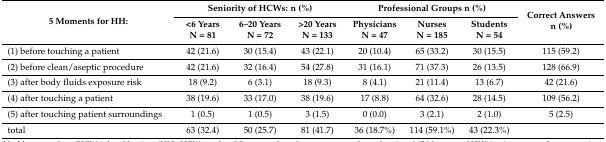
<table><thead><tr><td rowspan="2"><b>5 Moments for HH:</b></td><td colspan="3"><b>Seniority of HCWs: n (%)</b></td><td colspan="3"><b>Professional Groups n (%)</b></td><td rowspan="2"><b>Correct Answers n (%)</b></td></tr><tr><td><b>&lt;6 YearsN = 81</b></td><td><b>6–20 YearsN = 72</b></td><td><b>&gt;20 YearsN = 133</b></td><td><b>PhysiciansN = 47</b></td><td><b>NursesN = 185</b></td><td><b>StudentsN = 54</b></td></tr></thead><tbody><tr><td>(1) before touching a patient</td><td>42 (21.6)</td><td>30 (15.4)</td><td>43 (22.1)</td><td>20 (10.4)</td><td>65 (33.2)</td><td>30 (15.5)</td><td>115 (59.2)</td></tr><tr><td>(2) before clean/aseptic procedure</td><td>42 (21.6)</td><td>32 (16.4)</td><td>54 (27.8)</td><td>31 (16.1)</td><td>71 (37.3)</td><td>26 (13.5)</td><td>128 (66.9)</td></tr><tr><td>(3) after body fluids exposure risk</td><td>18 (9.2)</td><td>6 (3.1)</td><td>18 (9.3)</td><td>8 (4.1)</td><td>21 (11.4)</td><td>13 (6.7)</td><td>42 (21.6)</td></tr><tr><td>(4) after touching a patient</td><td>38 (19.6)</td><td>33 (17.0)</td><td>38 (19.6)</td><td>17 (8.8)</td><td>64 (32.6)</td><td>28 (14.5)</td><td>109 (56.2)</td></tr><tr><td>(5) after touching patient surroundings</td><td>1 (0.5)</td><td>1 (0.5)</td><td>3 (1.5)</td><td>0 (0.0)</td><td>3 (2.1)</td><td>2 (1.0)</td><td>5 (2.5)</td></tr><tr><td>total</td><td>63 (32.4)</td><td>50 (25.7)</td><td>81 (41.7)</td><td>36 (18.7%)</td><td>114 (59.1%)</td><td>43 (22.3%)</td><td></td></tr></tbody></table>